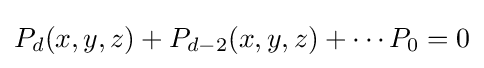
P_{d}(x,y,z)+P_{d-2}(x,y,z)+\cdots P_{0}=0